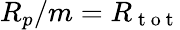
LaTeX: R_{p}/m=R_{\mathrm{~t~o~t~}}